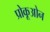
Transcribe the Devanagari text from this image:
प्रोकूओन